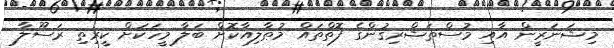
މިޝަނަރީން އާއި މުސްތަޝްރިޤުންގެ ފޮތްތައް މުޠާލިއާކޮށް ބަލާ މީހަކަށް ކީރިތި ރަސޫލާ